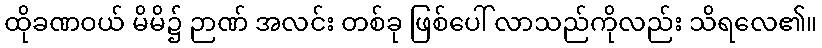
ထိုခဏဝယ် မိမိ၌ ဉာဏ် အလင်း တစ်ခု ဖြစ်ပေါ် လာသည်ကိုလည်း သိရလေ၏။